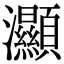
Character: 灦